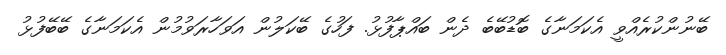
ބޭނުންކުރެއްވީ އެކަމަނާގެ ބޮޑުބޭބެ ދެން ބައްޕާފުޅު. ފަހުގެ ބޭކަލުން އަވަހާރަވުމުން އެކަމަނާގެ ބޭބޭފުޅު